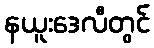
နယူးဒေလီတွင်